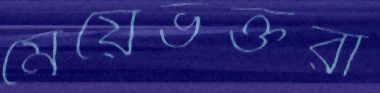
মেয়েভক্তরা